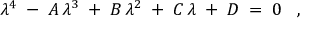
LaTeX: \lambda ^ { 4 } \; - \; A \, \lambda ^ { 3 } \; + \; B \, \lambda ^ { 2 } \; + \; C \, \lambda \; + \; D \; = \; 0 \; \; \; ,